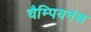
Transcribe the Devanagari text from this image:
चैम्पियनंस